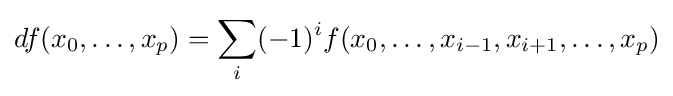
df(x_{0},\ldots ,x_{p})=\sum _{i}(-1)^{i}f(x_{0},\ldots ,x_{i-1},x_{i+1},\ldots ,x_{p})